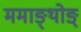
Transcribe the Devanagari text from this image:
ममाङ्थोङ्